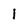
Character: l